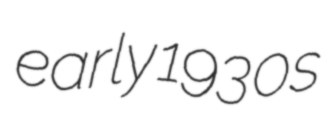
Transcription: early 1930s